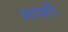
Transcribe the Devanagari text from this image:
आफ़ी